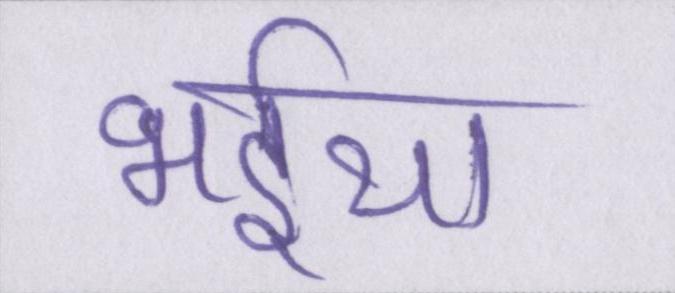
भईया